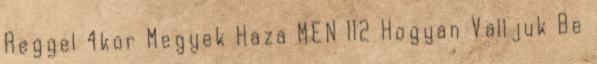
Reggel 4kor Megyek Haza MEN 112 Hogyan Valljuk Be